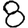
Digit: 8